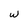
Character: w